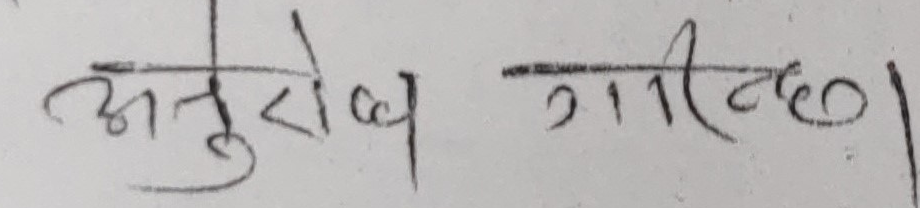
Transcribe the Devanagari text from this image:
अनुरोध गरिन्छ।